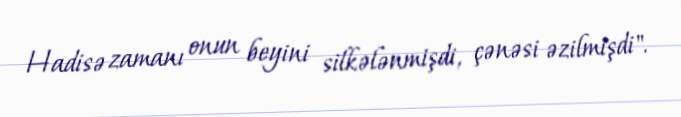
Hadisə zamanı onun beyini silkələnmişdi, çənəsi əzilmişdi".